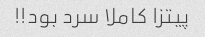
پیتزا کاملا سرد بود!!